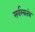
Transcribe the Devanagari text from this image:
सर्वस्वतंत्र